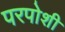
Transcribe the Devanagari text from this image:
परपोशी